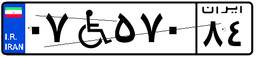
۰۷W۵۷۰۸۴